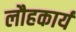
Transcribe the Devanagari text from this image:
लौहकार्य